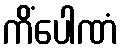
ကိံပေါဏံ